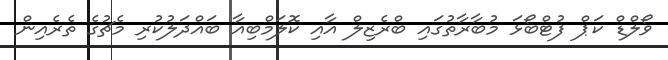
ވޯލްޑް ކަޕް ފުޓްބޯޅަ މުބާރާތުގައި ބްރެޒިލް އާއި ކޮލަމްބިއާ ބައްދަލުކުރި މެޗުގެ ތެރެއިން